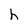
Character: h